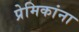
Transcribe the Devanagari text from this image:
प्रेमिकांना